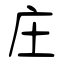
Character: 庄